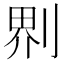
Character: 𠝹